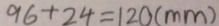
9 6 + 2 4 = 1 2 0 ( m m )